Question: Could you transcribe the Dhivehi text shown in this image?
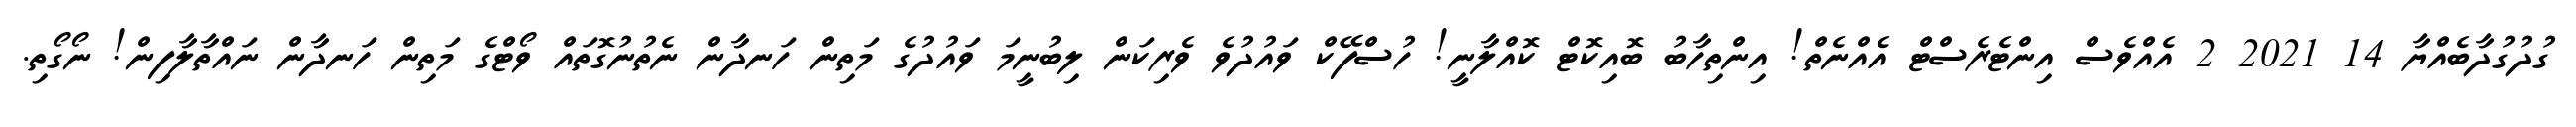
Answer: ގުދުގުދާބެއްޔާ 14 2021 2 އެއްވެސް އިންޓެރެސްޓް އެއްނެތް! އިންތިހާބު ބޮއިކޮޓް ކޮއްލާނީ! ހުސްފޭކް ވައުދުވެ ވެރިކަން ލިބުނީމަ ވައުދުގެ މަތިން ހަނދާން ނެތުނުގޮތައް ވޯޓްގެ މަތިން ހަނދާން ނައްތާލާފިން! ނޯގޯތި.